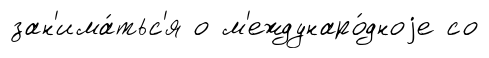
зан'има́тьс'я о м'еждунаро́дноjе со